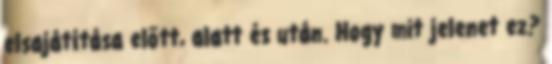
elsajátítása előtt, alatt és után. Hogy mit jelenet ez?